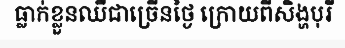
ធ្លាក់ខ្លួនឈឺជាច្រើនថ្ងៃ ក្រោយពីសិង្ហបុរី